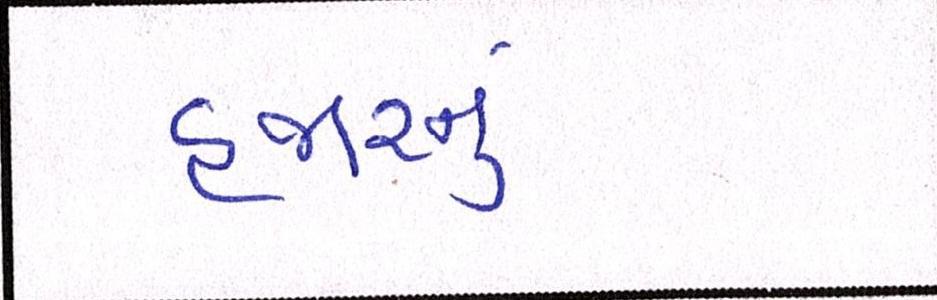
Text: હજારનું